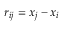
\boldsymbol { r } _ { i j } = \boldsymbol { x } _ { j } - \boldsymbol { x } _ { i }